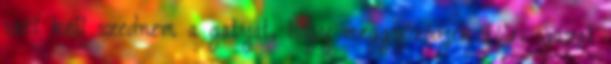
szét kell szednem a gatyát, hogy meggyőződjek róla, igazat